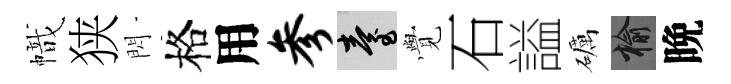
幟狭閃格用参臺𮗜石謚礪榆晩